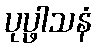
ပုပ္ဖါသနံ